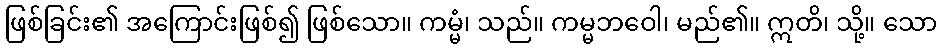
ဖြစ်ခြင်း၏ အကြောင်းဖြစ်၍ ဖြစ်သော။ ကမ္မံ၊ သည်။ ကမ္မဘဝေါ၊ မည်၏။ ဣတိ၊ သို့။ သော